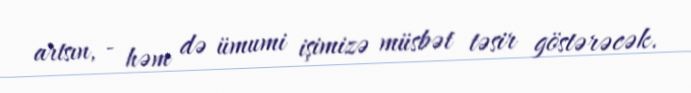
artsın, - həm də ümumi işimizə müsbət təsir göstərəcək.